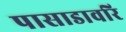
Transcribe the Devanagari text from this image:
पासाडावरि